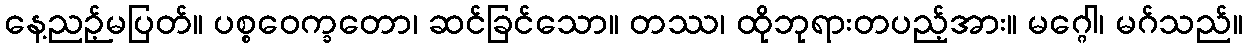
နေ့ညဉ့်မပြတ်။ ပစ္စဝေက္ခတော၊ ဆင်ခြင်သော။ တဿ၊ ထိုဘုရားတပည့်အား။ မဂ္ဂေါ၊ မဂ်သည်။